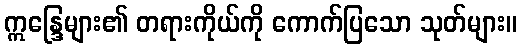
ဣန္ဒြေများ၏ တရားကိုယ်ကို ကောက်ပြသော သုတ်များ။